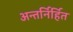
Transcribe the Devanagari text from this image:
अन्तर्निर्हित